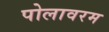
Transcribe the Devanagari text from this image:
पोलावरम